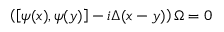
\left( \left[ \psi ( x ) , \psi ( y ) \right] - i \Delta ( x - y ) \right) \Omega = 0